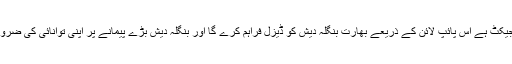
اس سلسلے کی تازہ ترین مثال انڈیا ، بنگلہ دیش ، فرینڈ شپ پائپ لائن پراجیکٹ ہے اس پائپ لائن کے ذریعے بھارت بنگلہ دیش کو ڈیزل فراہم کرے گا اور بنگلہ دیش بڑے پیمانے پر اپنی توانائی کی ضروریات کو پورا کرنے کی خاطر بھارت کی جانب دیکھنے پر مجبور ہوگا ۔